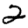
Digit: 2